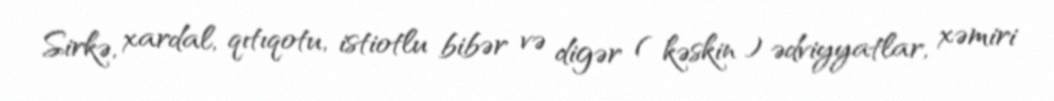
Sirkə, xardal, qıtıqotu, istiotlu bibər və digər ( kəskin ) ədviyyatlar, xəmiri